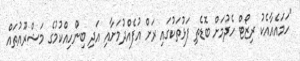
"ހަމައެއާއެކު ރިޒޯޓް ހެދުމަށް ބޮޑެތި ފަޅުތަކުގައި ރަށް އުފެއްދުމަށާއި އަދި ބިންހިއްކުމުގެ މަޝްރޫއުތައް